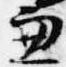
兼